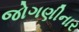
જોગણીનાર